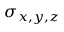
\sigma _ { x , y , z }